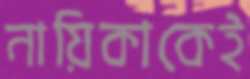
নায়িকাকেই